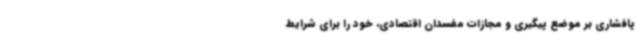
پافشاری بر موضع پیگیری و مجازات مفسدان اقتصادی، خود را برای شرایط